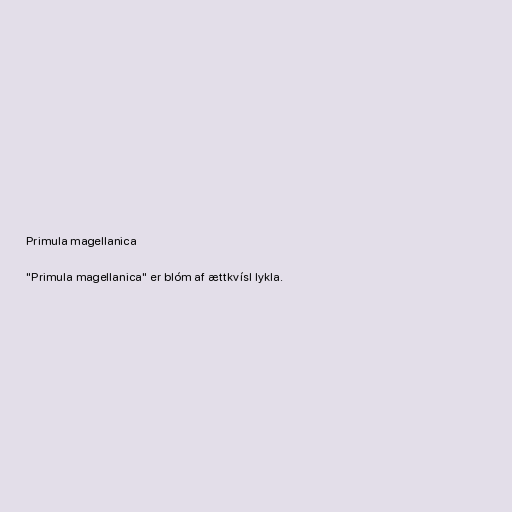
Primula magellanica

"Primula magellanica" er blóm af ættkvísl lykla.